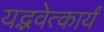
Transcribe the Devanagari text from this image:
यद्भवेत्कार्यं